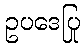
ဥပဒေပြု